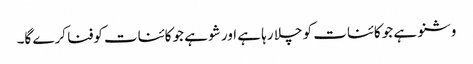
وشنو ہے جو کائنات کو چلا رہا ہے اور شو ہے جو کائنات کوفنا کرے گا۔